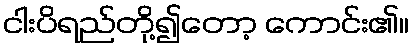
ငါးပိရည်တို့၍တော့ ကောင်း၏။